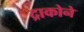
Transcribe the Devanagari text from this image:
द्राकोने